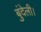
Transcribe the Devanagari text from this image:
बुंदेली।